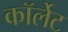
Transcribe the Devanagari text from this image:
कॉर्लेट